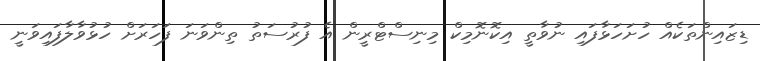
ޑިޒައިންތަކެއް ހުށަހަޅާފައި ނުވާތީ އިކޮނޮމިކް މިނިސްޓްރީން އެ ފުރުސަތު ތިންވަނަ ފަހަރަށް ހުޅުވާލާފައިވަނީ